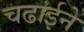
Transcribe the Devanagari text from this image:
चढाईने